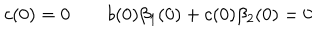
LaTeX: c ( 0 ) = 0 \qquad b ( 0 ) \beta _ { 1 } ( 0 ) + c ( 0 ) \beta _ { 2 } ( 0 ) = 0